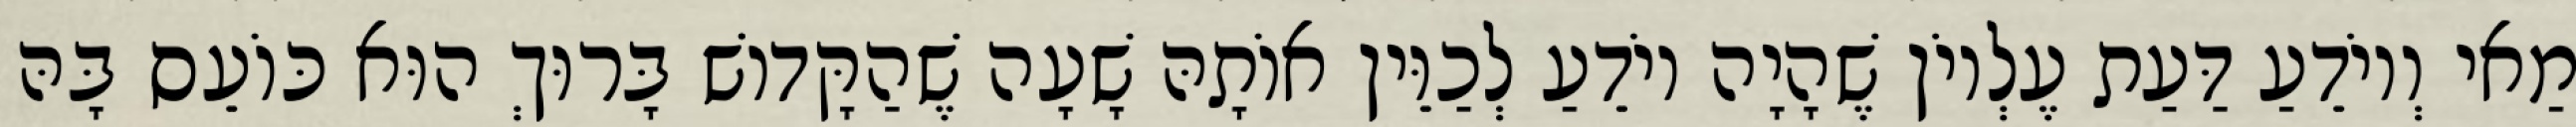
מַאי וְיוֹדֵעַ דַּעַת עֶלְיוֹן שֶׁהָיָה יוֹדֵעַ לְכַוֵּין אוֹתָהּ שָׁעָה שֶׁהַקָּדוֹשׁ בָּרוּךְ הוּא כּוֹעֵס בָּהּ